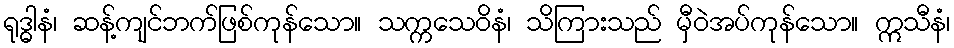
ရုဒ္ဓါနံ၊ ဆန့်ကျင်ဘက်ဖြစ်ကုန်သော။ သက္ကသေဝိနံ၊ သိကြားသည် မှီဝဲအပ်ကုန်သော။ ဣသီနံ၊